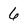
Character: 6